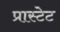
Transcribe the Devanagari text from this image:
प्रास्टेट